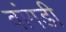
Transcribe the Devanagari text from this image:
वांगडी